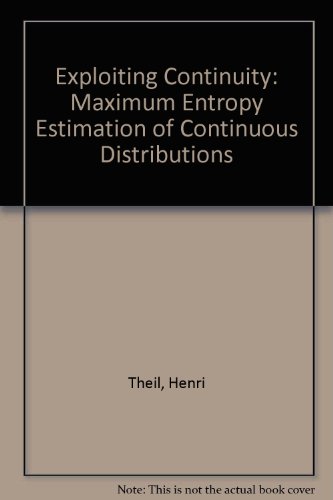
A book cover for Exploiting Continuity: Maximum Entropy Estimation of Continuous Distribution (Series on Econometrics and Management Sciences); Henri Theil; Science & Math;